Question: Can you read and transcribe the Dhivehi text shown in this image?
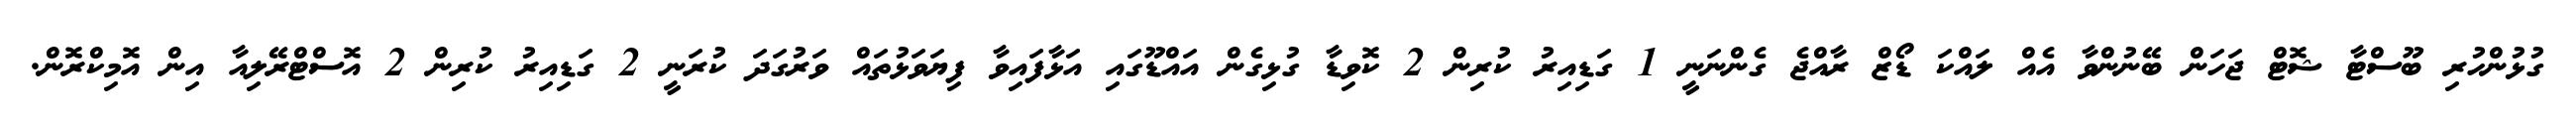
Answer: ގުޅުންހުރި ބޫސްޓާ ޝޮޓް ޖަހަން ބޭނުންވާ އެއް ލައްކަ ޑޯޒް ރާއްޖެ ގެންނަނީ 1 ގަޑިއިރު ކުރިން 2 ކޮވިޑާ ގުޅިގެން އައްޑޫގައި އަޅާފައިވާ ފިޔަވަޅުތައް ވަރުގަދަ ކުރަނީ 2 ގަޑިއިރު ކުރިން 2 އޮސްޓްރޭލިއާ އިން އޮމިކްރޮން.